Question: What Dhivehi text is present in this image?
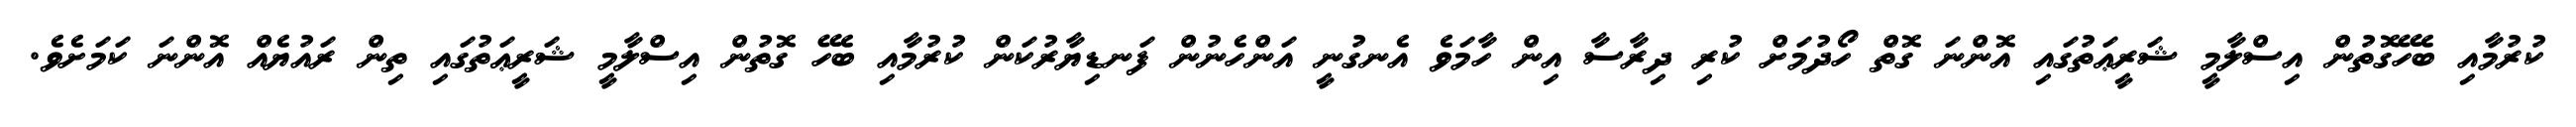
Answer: ކުރުމާއި ބެހޭގޮތުން އިސްލާމީ ޝަރީޢަތުގައި އޮންނަ ގޮތް ހޯދުމަށް ކުރި ދިރާސާ އިން ހާމަވެ އެނގުނީ އަންހެނުން ފަނޑިޔާރުކަން ކުރުމާއި ބެހޭ ގޮތުން އިސްލާމީ ޝަރީޢަތުގައި ތިން ރައުޔެއް އޮންނަ ކަމަށެވެ.